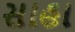
સાહા